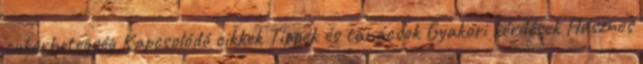
cukorbetegség Kapcsolódó cikkek Tippek és tanácsok Gyakori kérdések Hasznos